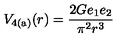
V _ { \mathrm { 4 ( a ) } } ( r ) = \frac { 2 G e _ { 1 } e _ { 2 } } { \pi ^ { 2 } r ^ { 3 } }